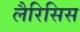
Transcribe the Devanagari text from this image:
लैरिसिस